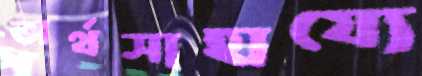
অর্থসাহায্যে